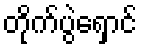
တိုက်ပွဲရှောင်